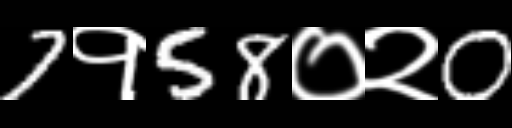
Text: 7१58०२0